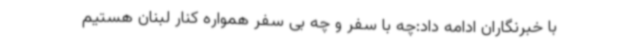
با خبرنگاران ادامه داد:چه با سفر و چه بی سفر همواره کنار لبنان هستیم